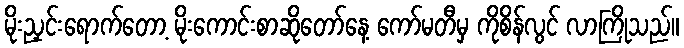
မိုးညှင်းရောက်တော့ မိုးကောင်းစာဆိုတော်နေ့ ကော်မတီမှ ကိုစိန်လွင် လာကြိုသည်။